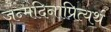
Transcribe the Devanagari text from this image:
जन्मदिनाप्रित्यर्थ